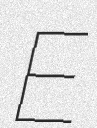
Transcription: E